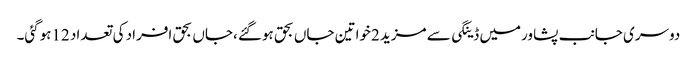
دوسری جانب پشاورمیں ڈینگی سے مزید 2خواتین جاں بحق ہوگئے ،جاں بحق افراد کی تعداد 12ہوگئی۔